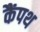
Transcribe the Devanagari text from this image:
कैंपथ